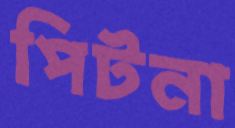
পিটনা